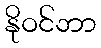
နိုဝင်ဘာ